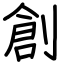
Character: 創